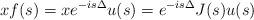
LaTeX: \begin{align*}x f(s) = xe^{-is\Delta} u(s) = e^{-is\Delta} J(s)u(s)\end{align*}